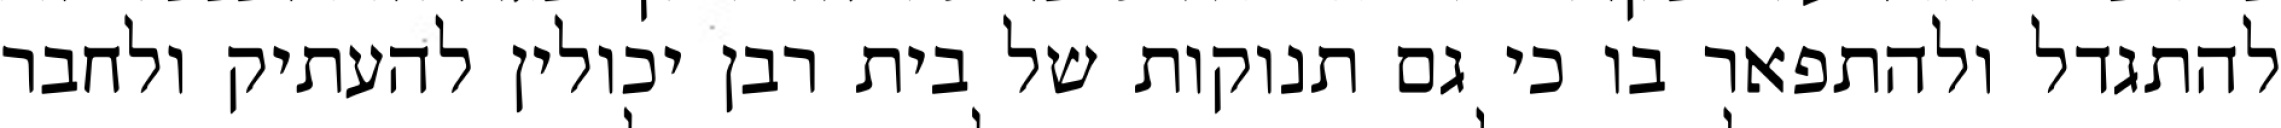
להתגדל ולהתפאר בו כי גם תנוקות של בית רבן יכולין להעתיק ולחבר